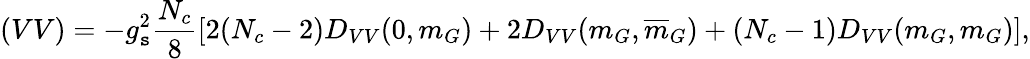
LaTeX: (VV)=-g_{\mathtt{s}}^{2}{\frac{{N_{c}}}{{8}}}[2(N_{c}-2)D_{VV}(0,m_{G})+2D_{VV}(m_{G},\overline{{{{m}}}}_{G})+(N_{c}-1)D_{VV}(m_{G},m_{G})],